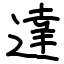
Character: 達